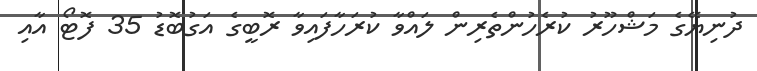
ދުނިޔޭގެ މަޝްހޫރު ކުރެހުންތެރިން ލައްވާ ކުރަހާފައިވާ ރޮބީގެ އަގުބޮޑު 35 ފޮޓޯ އާއި